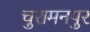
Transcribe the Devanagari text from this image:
चुरामनपुर